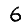
Digit: 6